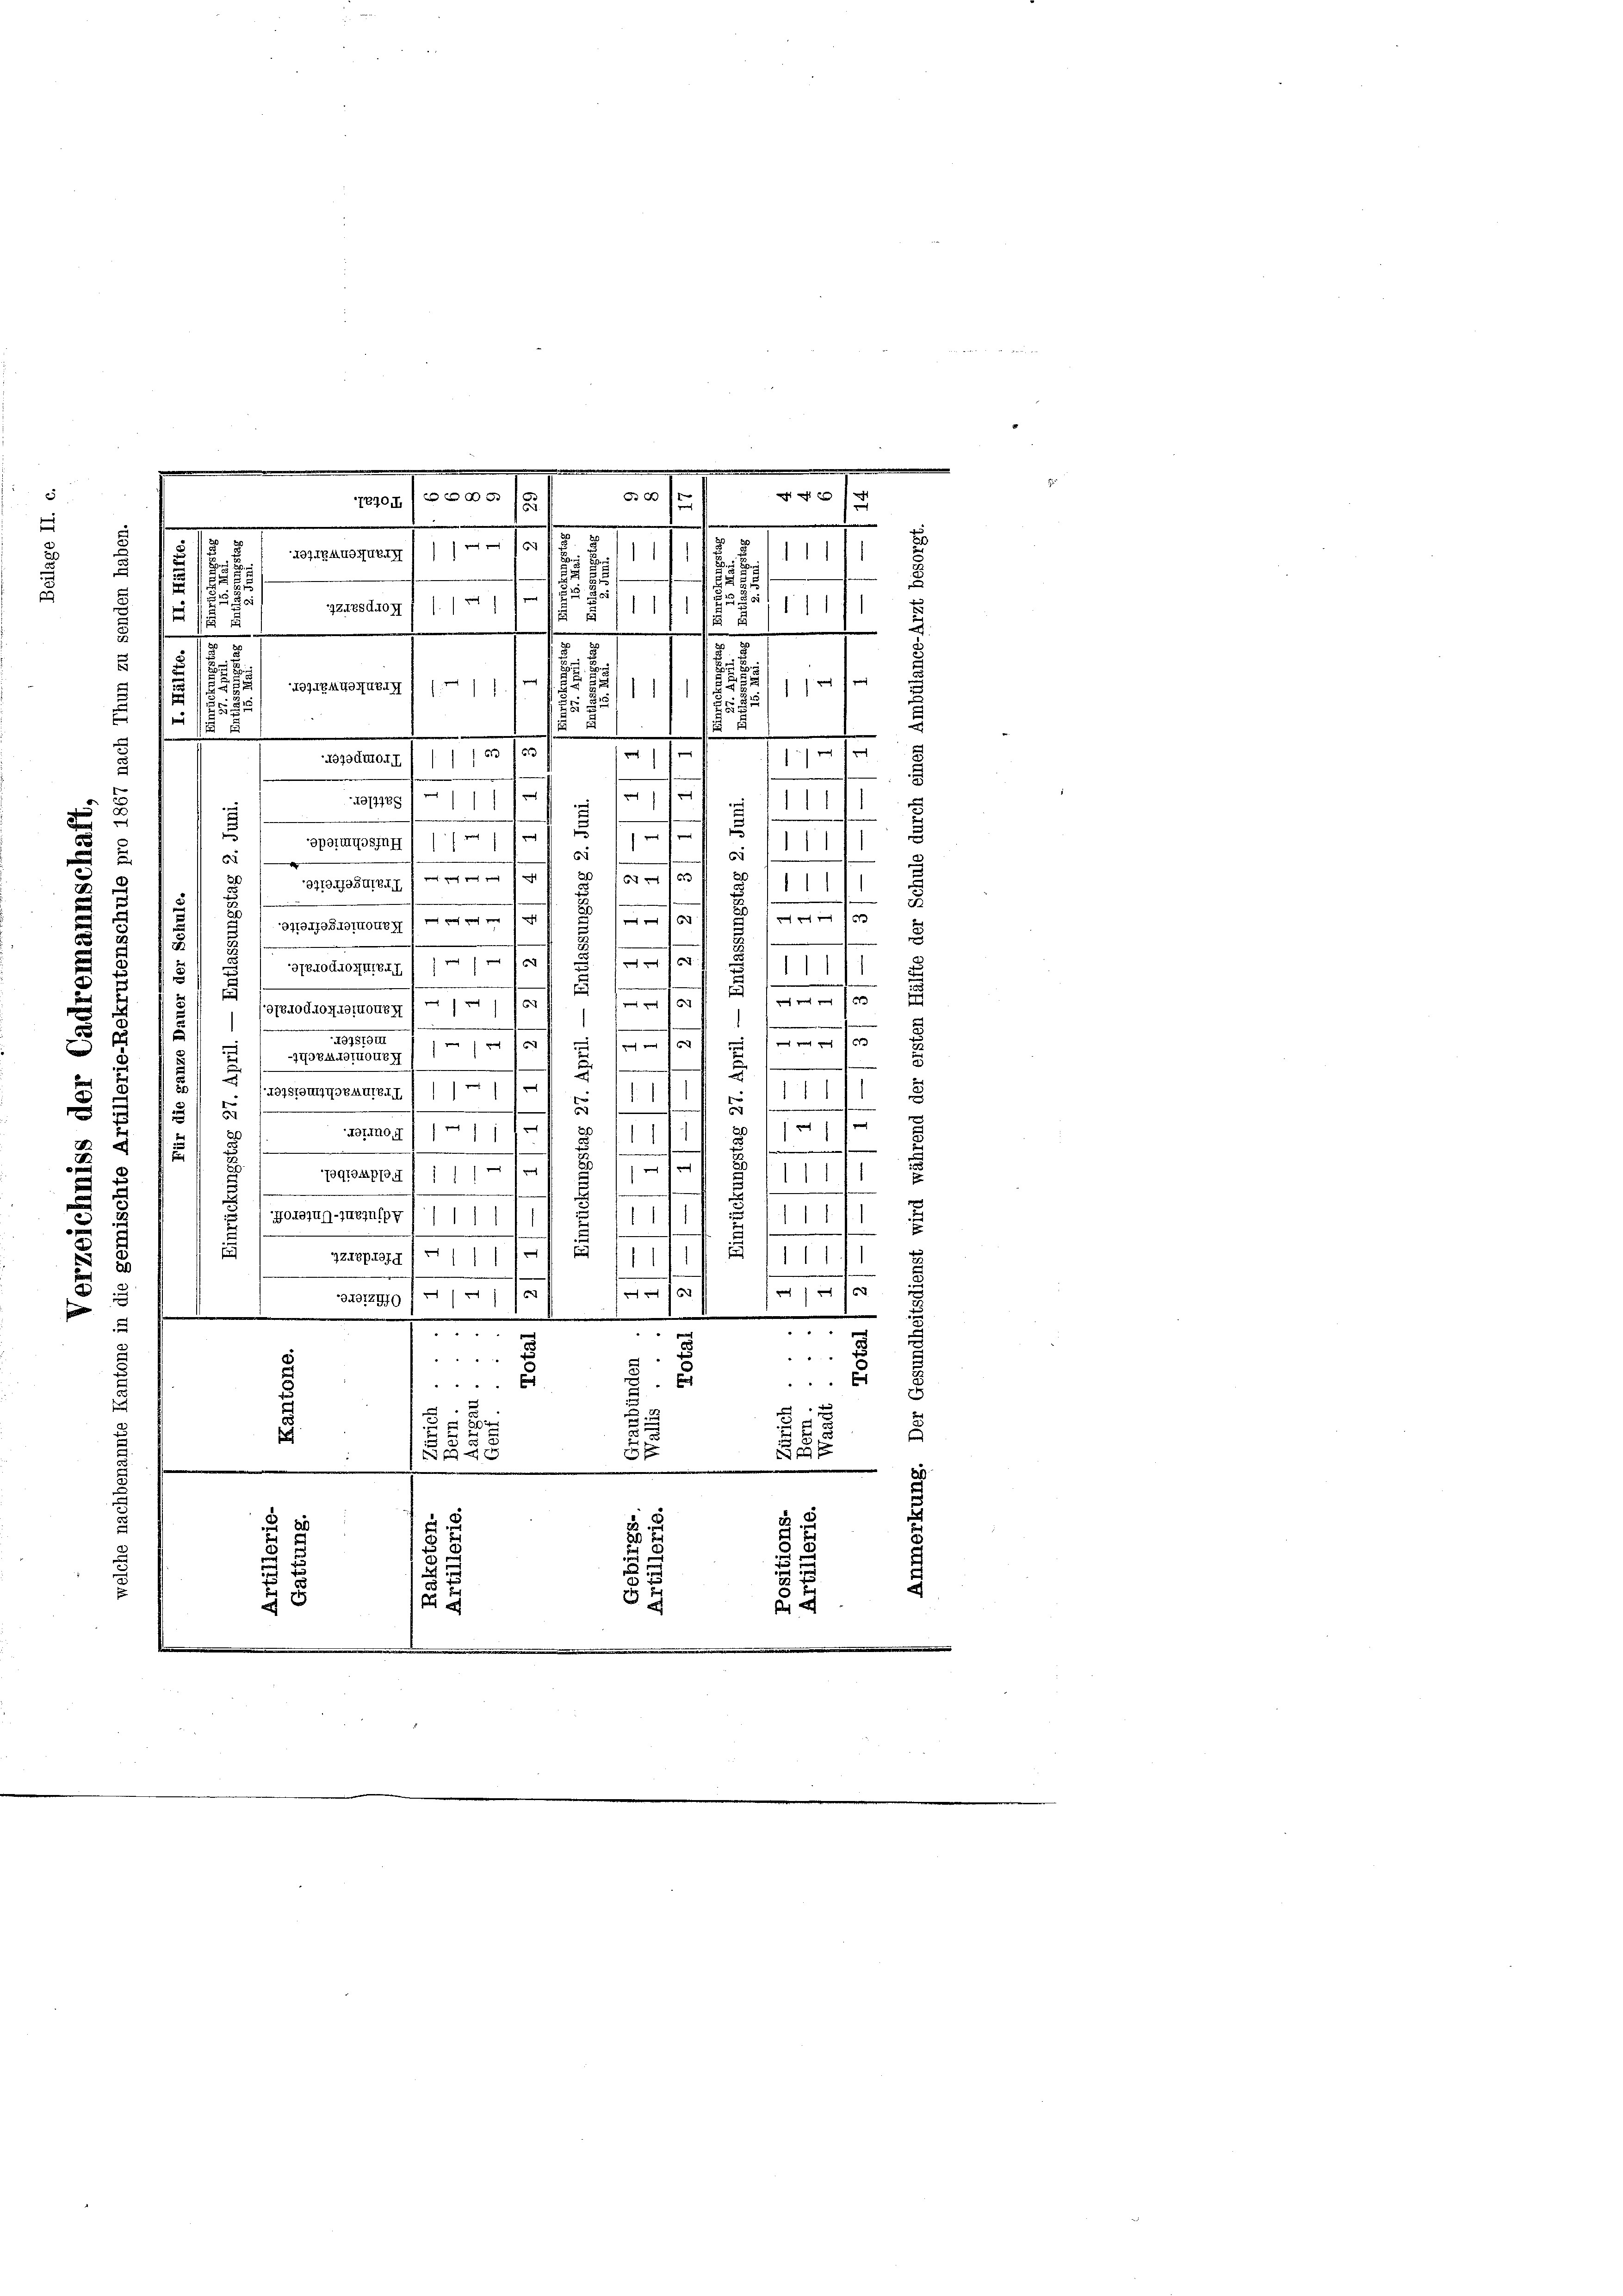
2
.

e
 1
.
er

geisten ( /////
111/1850
1

t
e
.
.
 x
¬
5
e
/11
1
25
25
d
s
.................

.
e
1
g
f
1
e
.
—
t
.
d
d
e

efzg 1
2
s
s
1
.
3

f
Sportuosing ( /
1
6
d
6
n
.
c
.
s
1

2
971049SUTEGI
3
2
s
d
3
.
u
 xx
s
t

1
971947284OINoter) an ein
s

8
e
.
6
NTBNOKKONATERF 1 1/
1
8
.
d
100
f 6 x
 10

/31840 20 AGIGNA
m
n
e
3
15.10.
 f 0 x

f
1
r
-770BANOTNOUEZ

2
.
e
d
n
eartement. 11. 1
.
.
¬
2
.
e
3
1 x
t
3
Hofino, i
1
.
e
e
2
e
1
pogroppau 1 1 1/2
1
s
e
t

.
e
Norejun-Turinipy//1/
.
.

.
s
ZZuppierg (
.
s
1
1
1
.
x 10
16
23 1890
f
e
w
e
g
m
n
" " "
" " "
.
 22 "
d
E
E

e
t
u
.
n
u
.
u
2 x 2
.

t
e
n
e
.
n
2
 xx
 ih

.
m
15
770. 100 /8/
.
e

3
437UBANNUZAG 111 64
8/11/14 x
B
1

.
5
n

 x

NGGEMUGHUBII 1 (.//
23jadmorr 1 ///03 (63
e

xxx
.

a